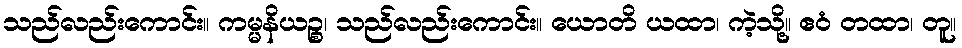
သည်လည်းကောင်း။ ကမ္မနိယဉ္စ၊ သည်လည်းကောင်း။ ယောတိ ယထာ၊ ကဲ့သို့။ ဧဝံ တထာ၊ တူ။